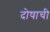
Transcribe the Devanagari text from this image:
दोषाची